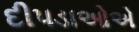
દીપડાઓએ